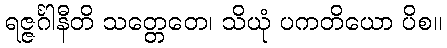
ရဇ္ဇင်္ဂါနီတိ သတ္တေတေ၊ သိယုံ ပကတိယော ပိစ။